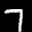
Label: 7